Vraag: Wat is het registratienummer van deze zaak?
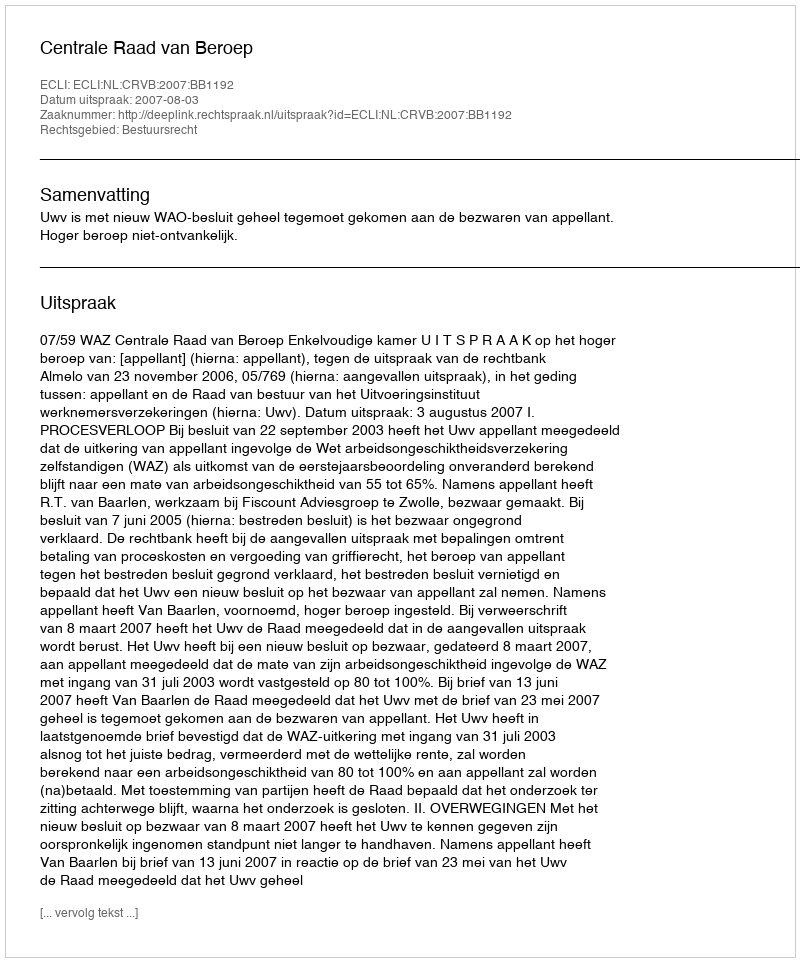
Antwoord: http://deeplink.rechtspraak.nl/uitspraak?id=ECLI:NL:CRVB:2007:BB1192